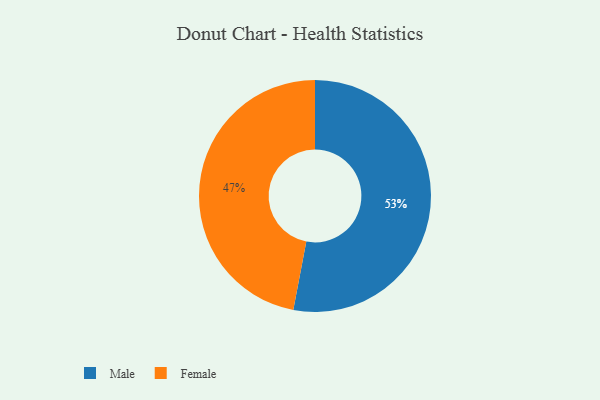
{"axis": {"x": "Category", "y": "Percentage"}, "legend": ["Female", "Male"], "data": [{"x": "Female", "y": 47, "type": "Female"}, {"x": "Male", "y": 53, "type": "Male"}]}